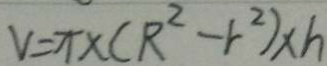
V = \pi \times ( R ^ { 2 } - r ^ { 2 } ) \times h